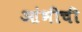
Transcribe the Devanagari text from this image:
आंभीची